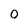
Character: O